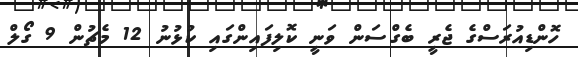
ހޮންޑިއުރަސްގެ ޖެރީ ބެގްސަން ވަނީ ކޮލިފައިންގައި ކުޅުނު 12 މެޗުން 9 ގޯލް